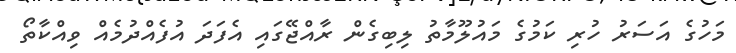
މަހުގެ އަސަރު ހުރި ކަމުގެ މައުލޫމާތު ލިބިގެން ރާއްޖޭގައި އެފަދަ އުފެއްދުމެއް ވިއްކާތޯ